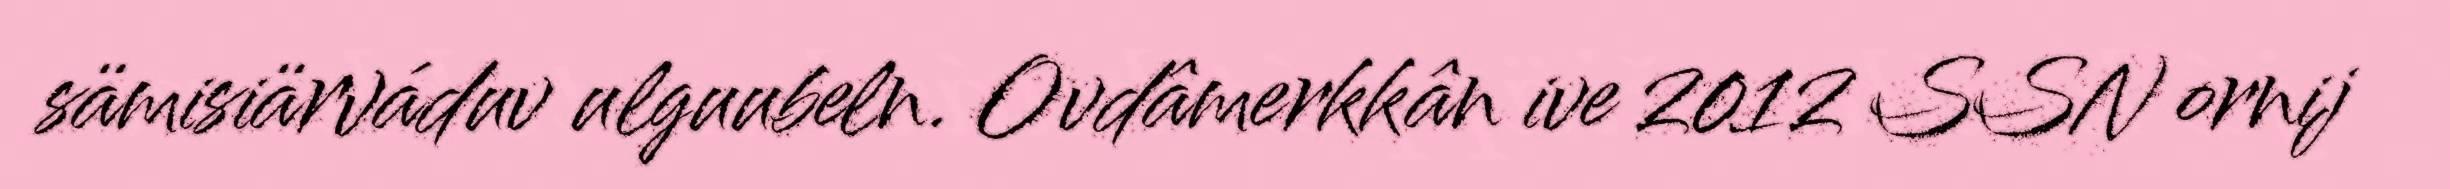
sämisiärváduv ulguubeln. Ovdâmerkkân ive 2012 SSN ornij